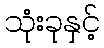
သုံးခုနှင့်